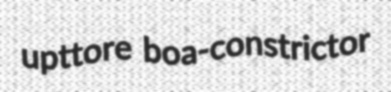
upttore boa-constrictor